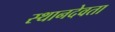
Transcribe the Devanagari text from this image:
स्थानदेवता